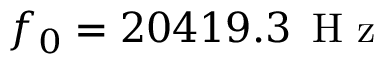
f _ { 0 } = 2 0 4 1 9 . 3 \, \mathrm { ~ H ~ z ~ }